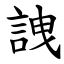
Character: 䛖